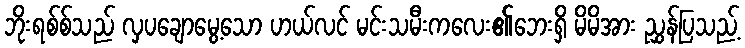
ဘိုးရစ်စ်သည် လှပချောမွေ့သော ဟယ်လင် မင်းသမီးကလေး၏ဘေးရှိ မိမိအား ညွှန်ပြသည့်